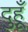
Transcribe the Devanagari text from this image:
दुहूँ